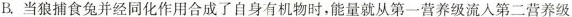
B.当狼捕食兔并经同化作用合成了自身有机物时，能量就从第一营养级流入第二营养级